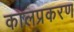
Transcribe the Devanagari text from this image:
कालप्रकरण